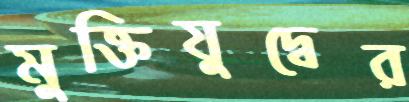
মুক্তিযুদ্বের